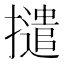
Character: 𭢵